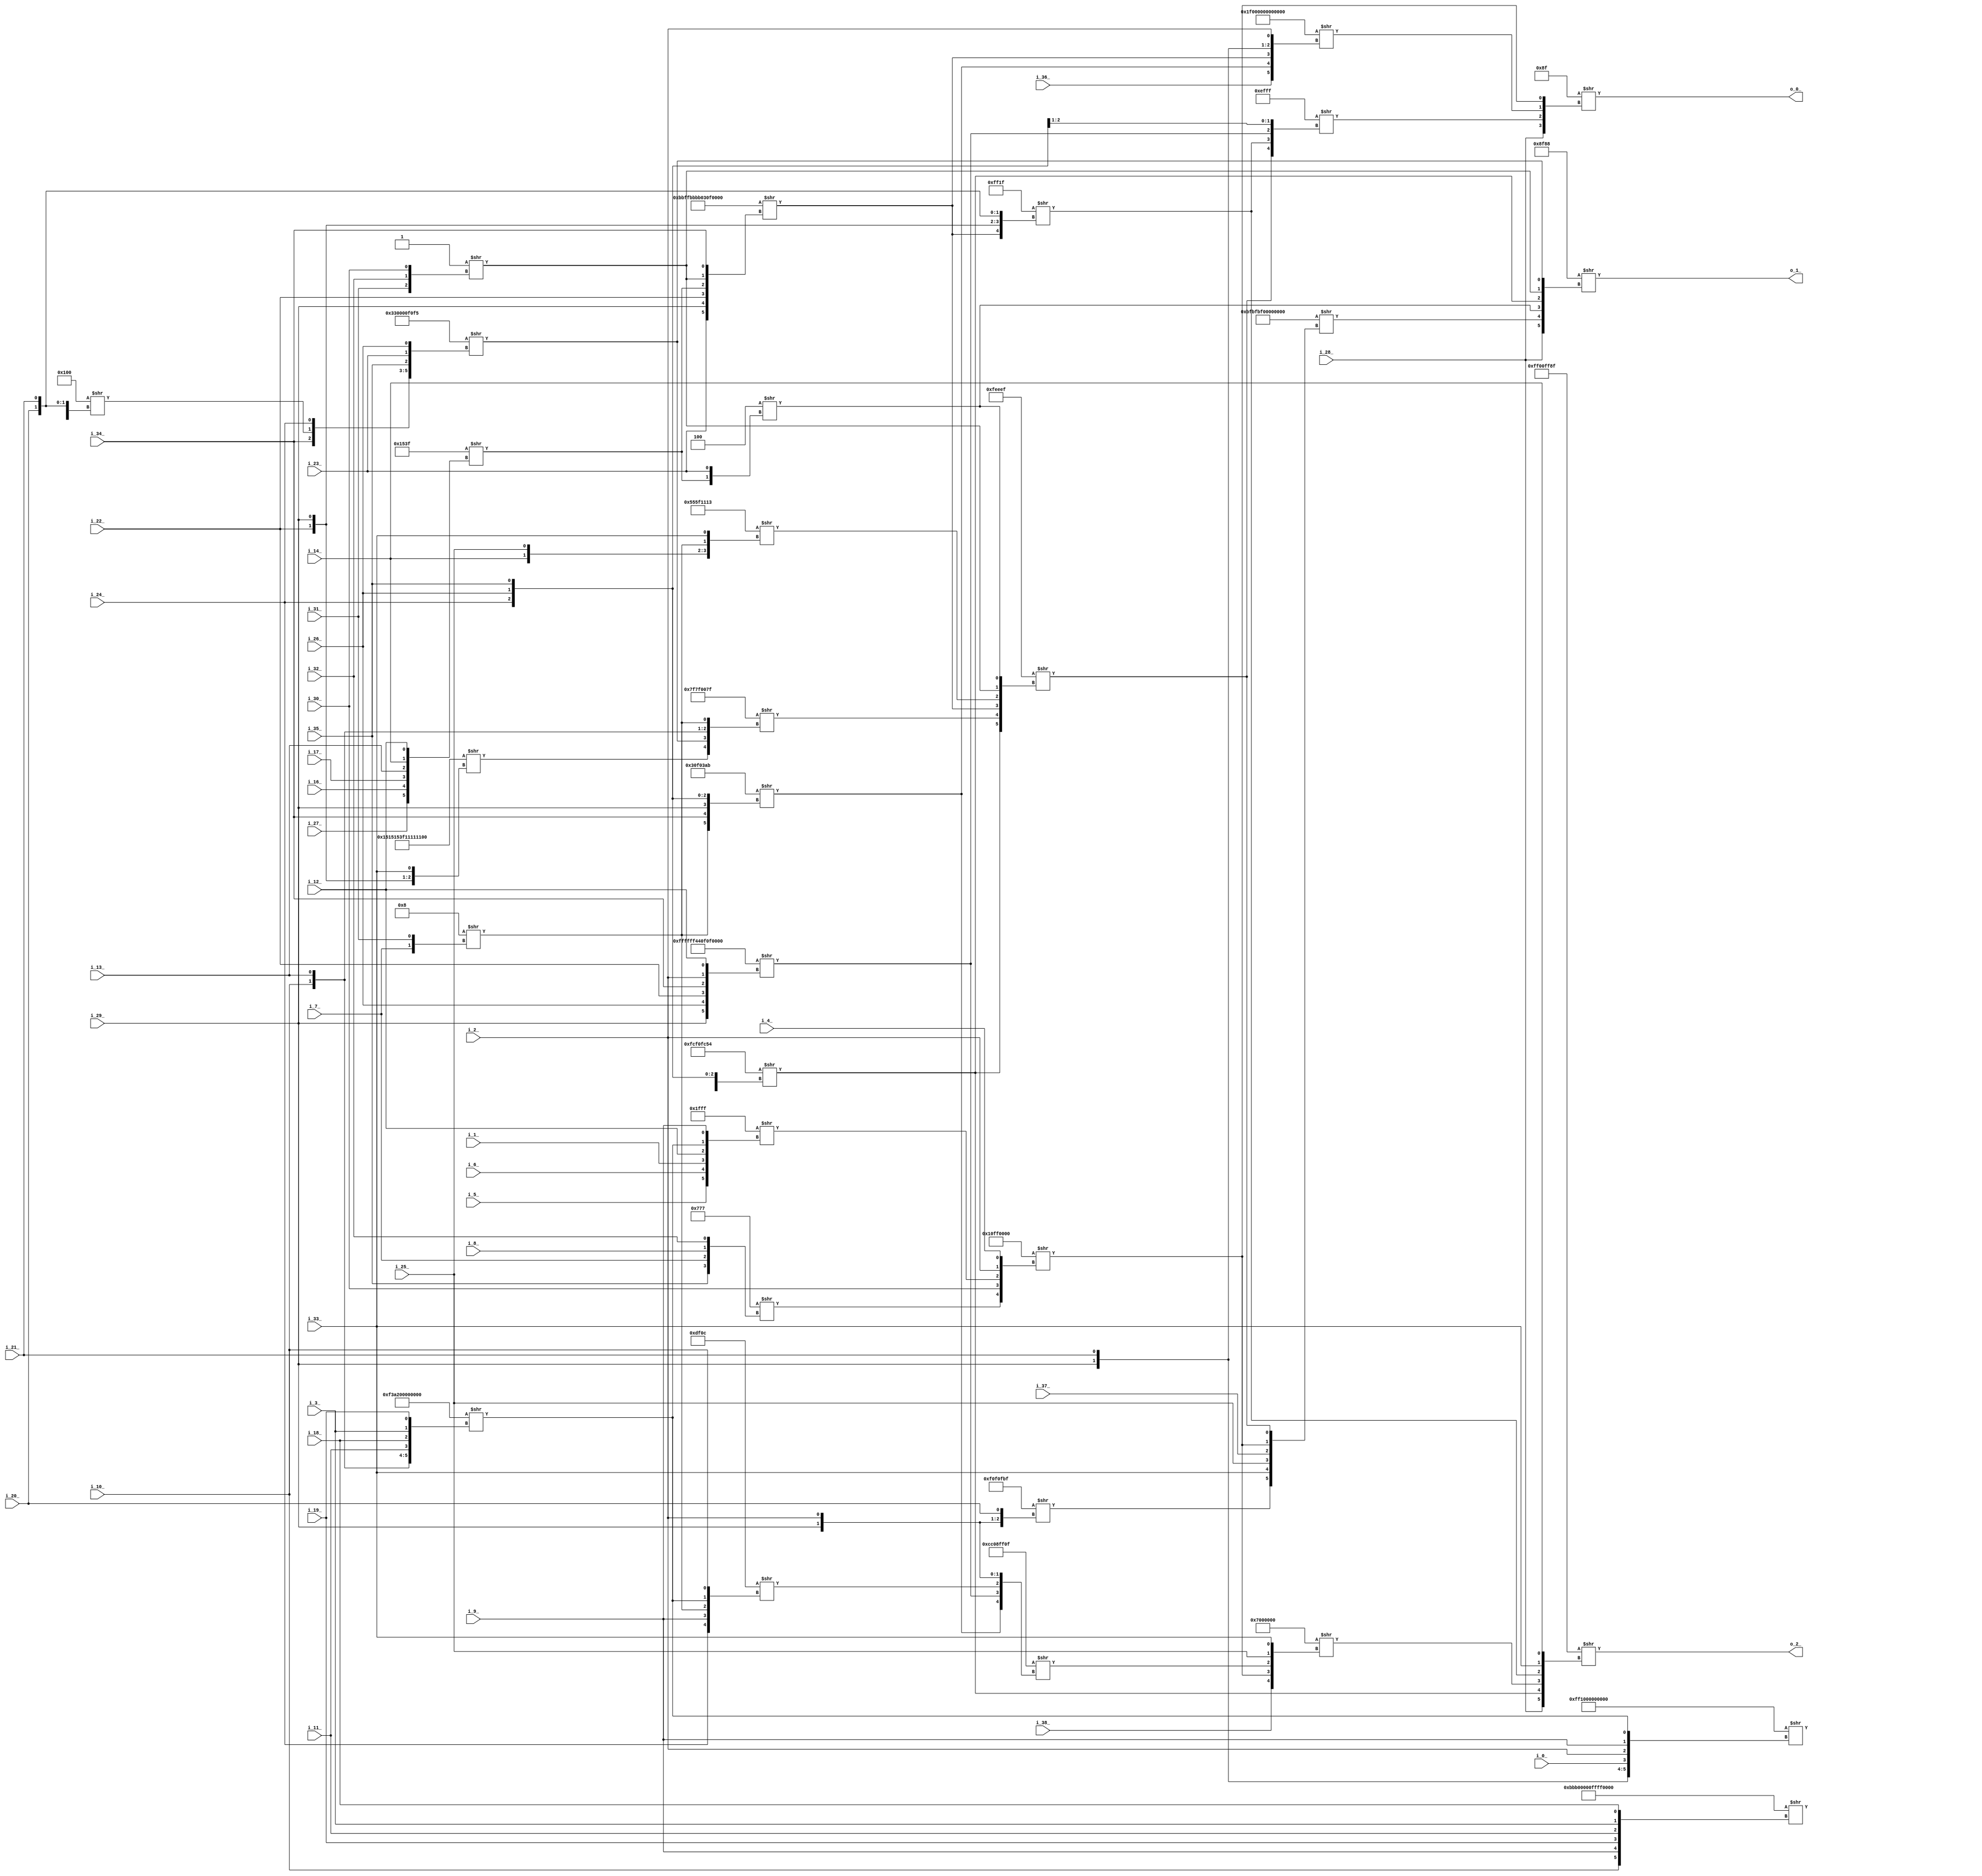
/* Generated by Yosys 0.16+65 (git sha1 051517d61, gcc 9.1.0 -fPIC -Os) */

module apex2(i_0_, i_1_, i_2_, i_3_, i_4_, i_5_, i_6_, i_7_, i_8_, i_9_, i_10_, i_11_, i_12_, i_13_, i_14_, i_16_, i_17_, i_18_, i_19_, i_20_, i_21_
, i_22_, i_23_, i_24_, i_25_, i_26_, i_27_, i_28_, i_29_, i_30_, i_31_, i_32_, i_33_, i_34_, i_35_, i_36_, i_37_, i_38_, o_0_, o_1_, o_2_);
  wire _00_;
  wire _01_;
  wire _02_;
  wire _03_;
  wire _04_;
  wire _05_;
  wire _06_;
  wire _07_;
  wire _08_;
  wire _09_;
  wire _10_;
  wire _11_;
  wire _12_;
  wire _13_;
  wire _14_;
  wire _15_;
  wire _16_;
  wire _17_;
  wire _18_;
  wire _19_;
  wire _20_;
  wire _21_;
  wire _22_;
  wire _23_;
  wire _24_;
  wire _25_;
  wire _26_;
  wire _27_;
  input i_0_;
  wire i_0_;
  input i_10_;
  wire i_10_;
  input i_11_;
  wire i_11_;
  input i_12_;
  wire i_12_;
  input i_13_;
  wire i_13_;
  input i_14_;
  wire i_14_;
  input i_16_;
  wire i_16_;
  input i_17_;
  wire i_17_;
  input i_18_;
  wire i_18_;
  input i_19_;
  wire i_19_;
  input i_1_;
  wire i_1_;
  input i_20_;
  wire i_20_;
  input i_21_;
  wire i_21_;
  input i_22_;
  wire i_22_;
  input i_23_;
  wire i_23_;
  input i_24_;
  wire i_24_;
  input i_25_;
  wire i_25_;
  input i_26_;
  wire i_26_;
  input i_27_;
  wire i_27_;
  input i_28_;
  wire i_28_;
  input i_29_;
  wire i_29_;
  input i_2_;
  wire i_2_;
  input i_30_;
  wire i_30_;
  input i_31_;
  wire i_31_;
  input i_32_;
  wire i_32_;
  input i_33_;
  wire i_33_;
  input i_34_;
  wire i_34_;
  input i_35_;
  wire i_35_;
  input i_36_;
  wire i_36_;
  input i_37_;
  wire i_37_;
  input i_38_;
  wire i_38_;
  input i_3_;
  wire i_3_;
  input i_4_;
  wire i_4_;
  input i_5_;
  wire i_5_;
  input i_6_;
  wire i_6_;
  input i_7_;
  wire i_7_;
  input i_8_;
  wire i_8_;
  input i_9_;
  wire i_9_;
  output o_0_;
  wire o_0_;
  output o_1_;
  wire o_1_;
  output o_2_;
  wire o_2_;
  assign _00_ = 16'b0000000100000000 >> { i_29_, i_22_, i_20_, i_21_ };
  assign _01_ = 64'b0000000000000000000000000011001100000000000000001111000011110101 >> { i_34_, _00_, i_24_, i_35_, i_23_, i_26_ };
  assign _02_ = 8'b00000001 >> { i_31_, i_32_, i_30_ };
  assign _03_ = 32'd4243651668 >> { i_34_, _00_, i_24_, i_26_, i_35_ };
  assign _04_ = 64'b0000000000000000000000000000000000000000000000000001010100111111 >> { i_27_, i_16_, i_17_, i_13_, i_14_, i_12_ };
  assign _05_ = 4'b0100 >> { _04_, i_23_ };
  assign _06_ = 64'b1011101111111111101110111011101100000011000011110000001100000011 >> { i_23_, i_29_, i_22_, _04_, _02_, i_34_ };
  assign _07_ = 64'b0000000000000000111100111010001000000000000000000000000000000000 >> { i_10_, i_13_, i_11_, i_18_, i_3_, i_19_ };
  assign _08_ = 64'b0000000000000000111111110001000000000000000000000000000000000000 >> { i_29_, i_21_, i_0_, i_2_, i_9_, _07_ };
  assign _09_ = 4'b1000 >> { i_7_, i_31_ };
  assign _10_ = 64'b1011101110110000000000000000000011111111111111110000000000000000 >> { i_10_, i_9_, i_19_, i_11_, i_3_, i_18_ };
  assign _11_ = 64'b0000000000000000000000000000000001010101010111110001000100010011 >> { _08_, _10_, i_14_, i_25_, _09_, i_33_ };
  assign _12_ = 64'b0001010100010101000101010011111100010001000100010001000100110011 >> { i_21_, i_14_, i_25_, i_22_, i_29_, i_33_ };
  assign _13_ = 32'd2139029631 >> { _12_, _01_, i_10_, i_13_, _09_ };
  assign _14_ = 64'b0000000000000000000000000000000000000000000011111110111011101111 >> { _03_, _13_, _06_, _11_, _02_, _05_ };
  assign _15_ = 64'b0000000000000000000000000000000000000000000000000001111111111111 >> { i_5_, i_6_, i_1_, i_12_, _07_, i_9_ };
  assign _16_ = 16'b0000011101110111 >> { i_35_, i_7_, i_8_, i_32_ };
  assign _17_ = 32'd285147136 >> { _16_, i_30_, _15_, i_2_, i_4_ };
  assign _18_ = 64'b0000000000000000000000000000000000001111000011110000111110111111 >> { _09_, i_22_, i_21_, i_29_, i_2_, i_20_ };
  assign _19_ = 64'b0000000010111111101111111011111100000000000000000000000000000000 >> { _18_, i_33_, i_25_, i_37_, _17_, _14_ };
  assign o_1_ = 64'b0000000000000000000000000000000000000000000000001000111110001000 >> { i_28_, _19_, _05_, _03_, _02_, _01_ };
  assign _20_ = 64'b0000000000000000000000000000000000000011000011110000001110101011 >> { _09_, i_34_, i_29_, i_24_, i_26_, i_35_ };
  assign _21_ = 64'b0000000000011111000000000000000000000000000000000000000000000000 >> { i_36_, _20_, _06_, i_29_, i_21_, i_2_ };
  assign _22_ = 64'b1111111111111111111111110100010000001111000011110000000000000000 >> { i_29_, i_26_, i_22_, i_34_, i_2_, i_12_ };
  assign _23_ = 32'd65311 >> { _06_, i_22_, i_29_, i_20_, i_21_ };
  assign _24_ = 32'd61439 >> { _14_, _23_, _22_, i_24_, i_26_ };
  assign o_0_ = 16'b0000000010001111 >> { i_28_, _24_, _21_, _17_ };
  assign _25_ = 32'd57100 >> { i_24_, i_9_, _09_, _07_, i_10_ };
  assign _26_ = 32'd3423141647 >> { _20_, _22_, _25_, i_29_, i_2_ };
  assign _27_ = 32'd117440512 >> { i_38_, _17_, _26_, i_25_, i_33_ };
  assign o_2_ = 64'b0000000000000000000000000000000011111111000000001111111110001111 >> { i_28_, _03_, _27_, _23_, i_33_, i_14_ };
endmodule